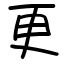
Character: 更